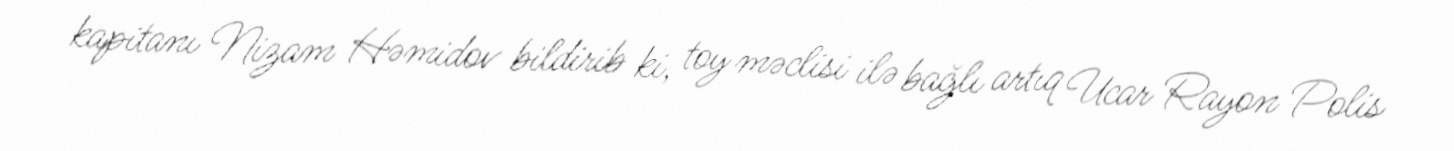
kapitanı Nizam Həmidov bildirib ki, toy məclisi ilə bağlı artıq Ucar Rayon Polis